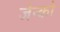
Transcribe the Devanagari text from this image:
जेन्को